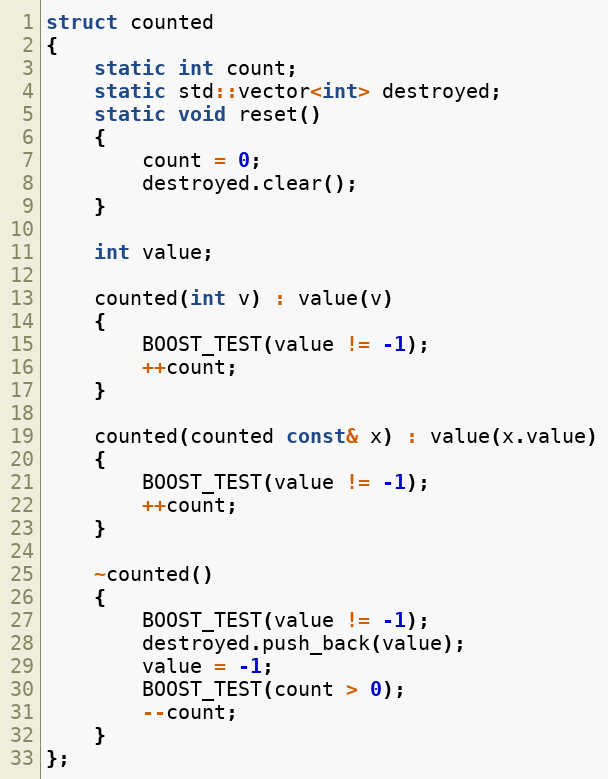
Language: C++
struct counted
{
    static int count;
    static std::vector<int> destroyed;
    static void reset()
    {
        count = 0;
        destroyed.clear();
    }

    int value;

    counted(int v) : value(v)
    {
        BOOST_TEST(value != -1);
        ++count;
    }

    counted(counted const& x) : value(x.value)
    {
        BOOST_TEST(value != -1);
        ++count;
    }

    ~counted()
    {
        BOOST_TEST(value != -1);
        destroyed.push_back(value);
        value = -1;
        BOOST_TEST(count > 0);
        --count;
    }
};